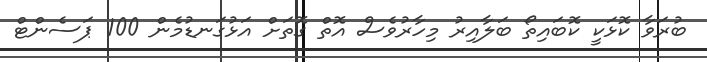
ބުރަވާ ކޮޅަކީ ކޮބައިތޯ ބަލާއިރު މިހާރުވެސް އޮތް ގޮތަށް އަޅުގަނޑުމެން 100 ޕަސެންޓް